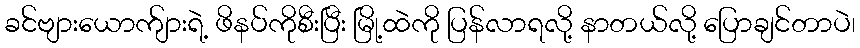
ခင်ဗျားယောက်ျားရဲ့ ဖိနပ်ကိုစီးပြီး မြို့ထဲကို ပြန်လာရလို့ နာတယ်လို့ ပြောချင်တာပဲ၊